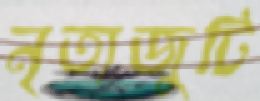
নৃত্যজুটি